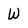
Character: W